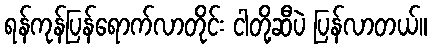
ရန်ကုန်ပြန်ရောက်လာတိုင်း ငါတို့ဆီပဲ ပြန်လာတယ်။